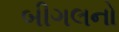
બીગલનો